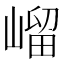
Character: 嵧